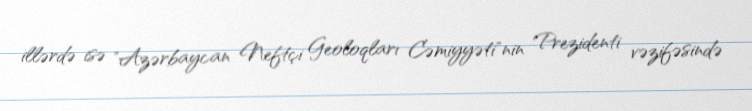
illərdə isə "Azərbaycan Neftçi Geoloqları Cəmiyyəti"nin Prezidenti vəzifəsində